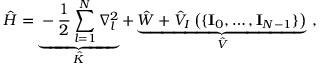
\hat { H } = \underbrace { - \frac { 1 } { 2 } \sum _ { l = 1 } ^ { N } \nabla _ { l } ^ { 2 } } _ { \hat { K } } + \underbrace { \hat { W } + \hat { V } _ { I } \left( \{ \mathbf { I } _ { 0 } , \dots , \mathbf { I } _ { N - 1 } \} \right) } _ { \hat { V } } \ ,